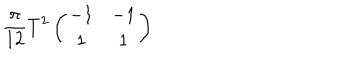
{ \frac { \pi } { 1 2 } } T ^ { 2 } \left( \begin{matrix} { { - 1 } } & { { - 1 } } \\ { { 1 } } & { { 1 } } \\ \end{matrix} \right)